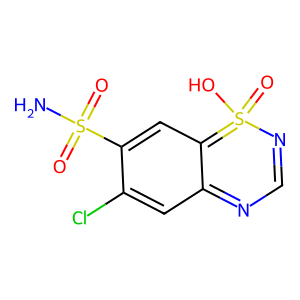
SMILES: NS(=O)(=O)c1cc2c(cc1Cl)=NC=NS=2(=O)O
Inhibits HIV replication: No